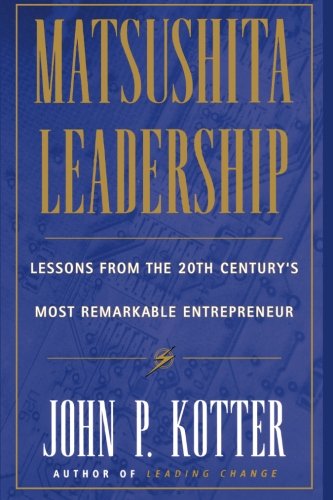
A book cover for Matsushita Leadership; John P. Kotter; Biographies & Memoirs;